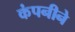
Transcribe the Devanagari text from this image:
कंपनीने